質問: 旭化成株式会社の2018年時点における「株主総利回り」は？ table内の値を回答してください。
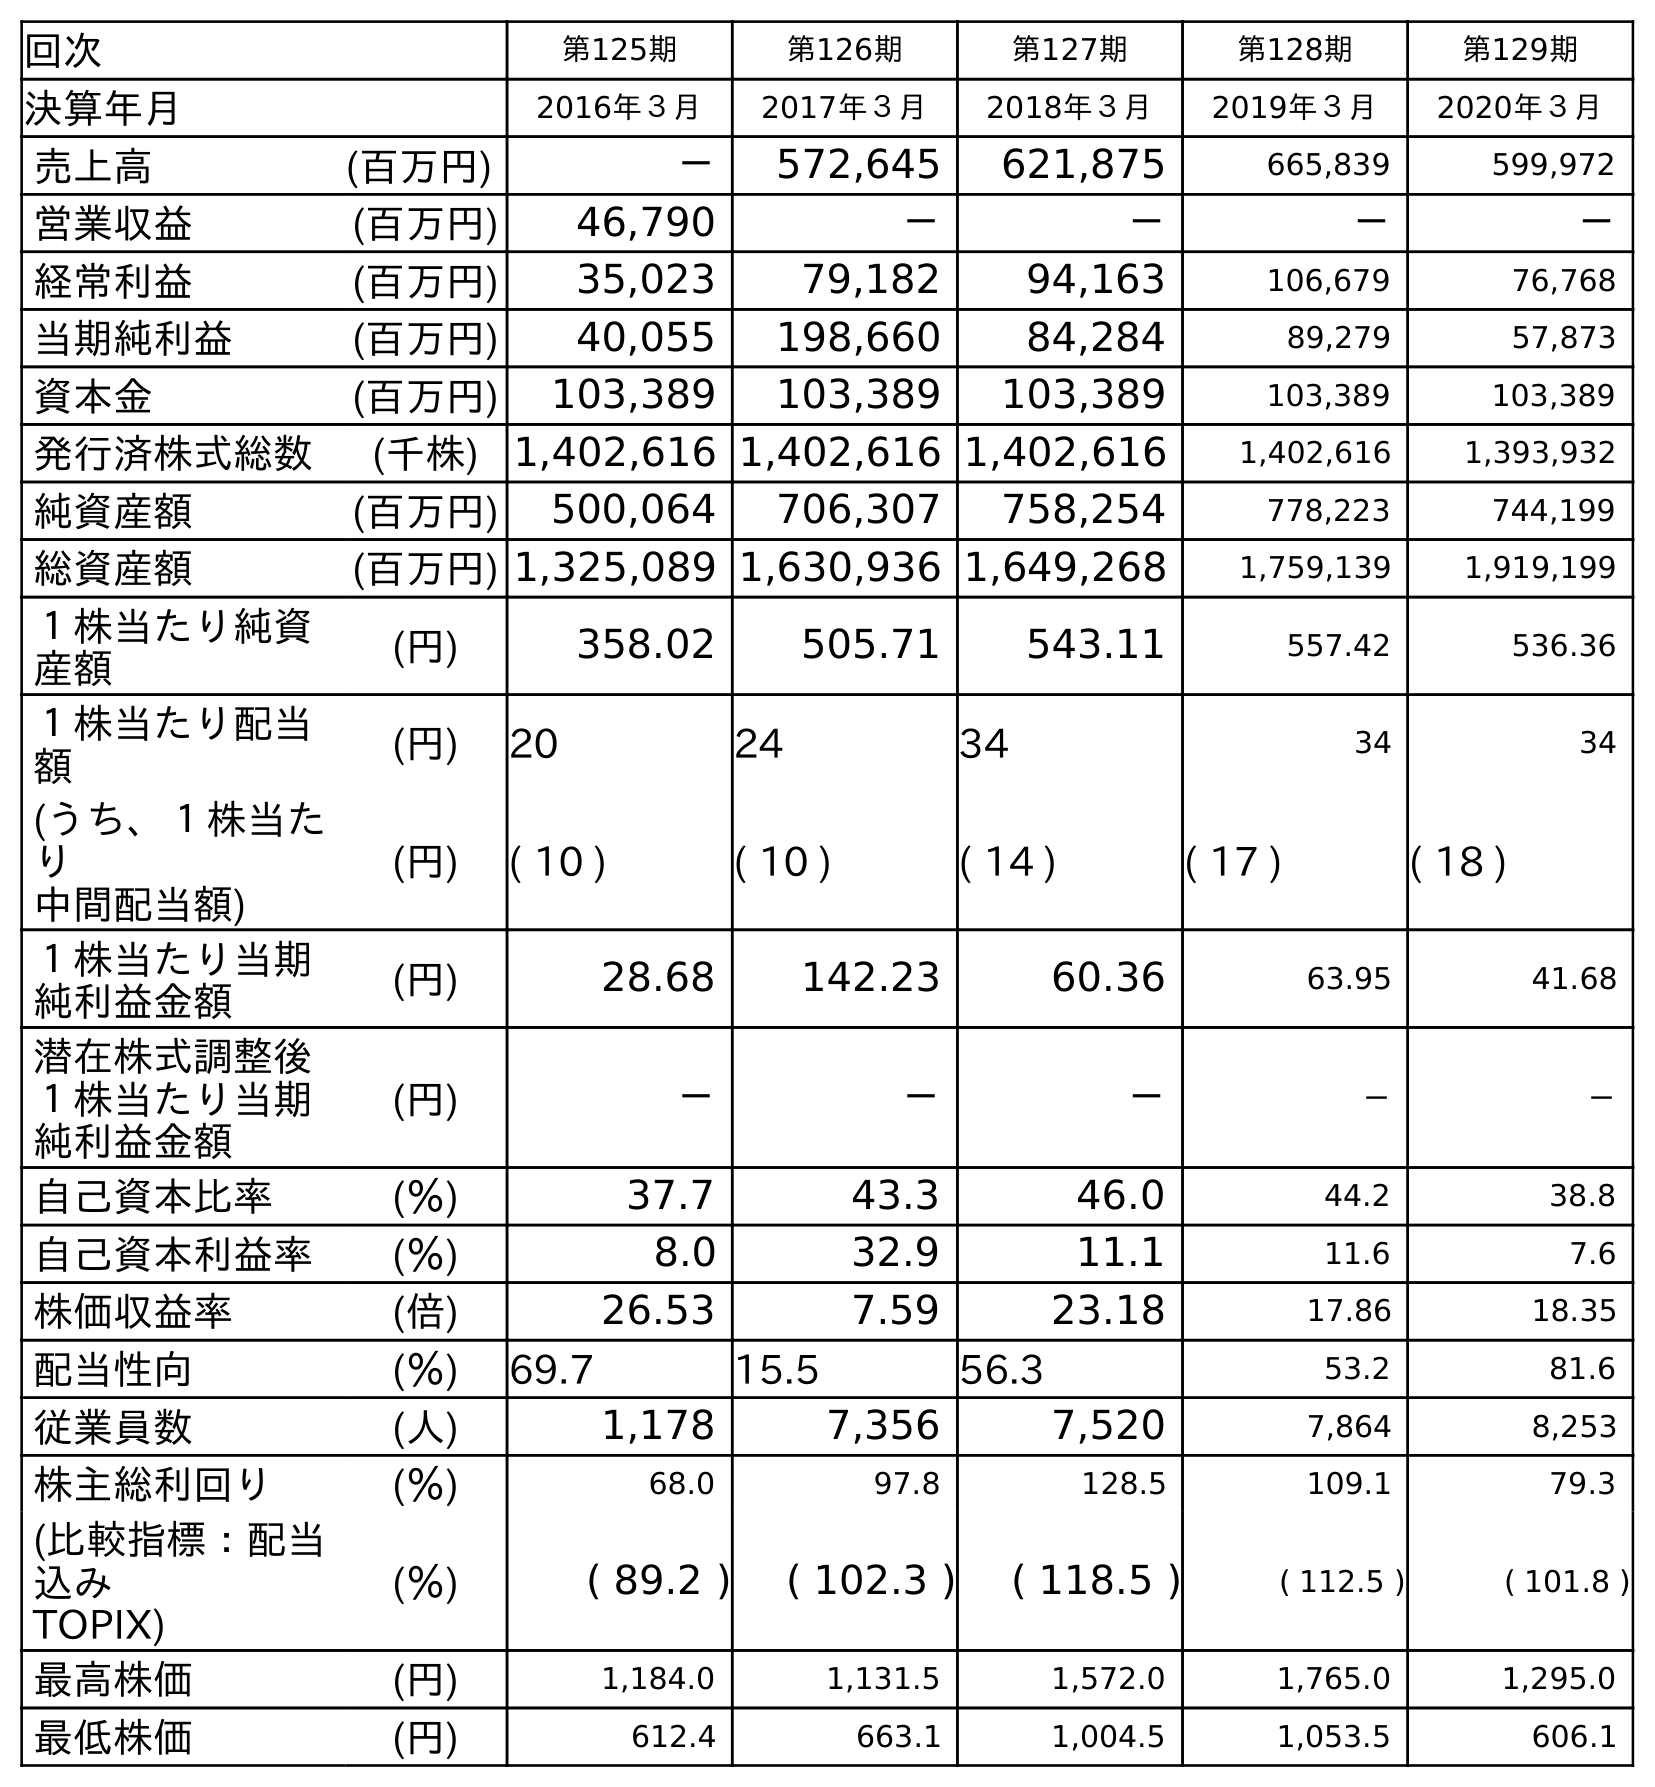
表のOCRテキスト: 回次 第125期 第126期 第127期 第128期 第129期 決算年月 2016年３月 2017年３月 2018年３月 2019年３月 2020年３月 売上高 (百万円) － 572,645 621,875 665,839 599,972 営業収益 (百万円) 46,790 － － － － 経常利益 (百万円) 35,023 79,182 94,163 106,679 76,768 当期純利益 (百万円) 40,055 198,660 84,284 89,279 57,873 資本金 (百万円) 103,389 103,389 103,389 103,389 103,389 発行済株式総数 (千株) 1,402,616 1,402,616 1,402,616 1,402,616 1,393,932 純資産額 (百万円) 500,064 706,307 758,254 778,223 744,199 総資産額 (百万円) 1,325,089 1,630,936 1,649,268 1,759,139 1,919,199 １株当たり純資 産額 (円) 358.02 505.71 543.11 557.42 536.36 １株当たり配当 額 (円) 20 24 34 34 34 (うち、１株当た り 中間配当額) (円) ( 10 ) ( 10 ) ( 14 ) ( 17 ) ( 18 ) １株当たり当期 純利益金額 (円) 28.68 142.23 60.36 63.95 41.68 潜在株式調整後 １株当たり当期 純利益金額 (円) － － － － － 自己資本比率 (％) 37.7 43.3 46.0 44.2 38.8 自己資本利益率 (％) 8.0 32.9 11.1 11.6 7.6 株価収益率 (倍) 26.53 7.59 23.18 17.86 18.35 配当性向 (％) 69.7 15.5 56.3 53.2 81.6 従業員数 (人) 1,178 7,356 7,520 7,864 8,253 株主総利回り (％) 68.0 97.8 128.5 109.1 79.3 (比較指標：配当 込み TOPIX) (％) ( 89.2 ) ( 102.3 ) ( 118.5 ) ( 112.5 ) ( 101.8 ) 最高株価 (円) 1,184.0 1,131.5 1,572.0 1,765.0 1,295.0 最低株価 (円) 612.4 663.1 1,004.5 1,053.5 606.1
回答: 128.5